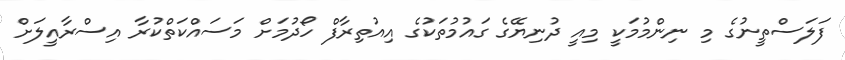
ފަލަސްތީނުގެ މި ނިންމުމަކީ މިއީ ދުނިޔޭގެ ގައުމުތަކުގެ އިއުތިރާފް ހޯދުމަށް މަސައްކަތްކުރާ އިސްރާއީލަށް